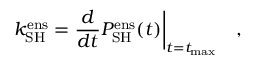
k _ { \mathrm { S H } } ^ { \mathrm { e n s } } = \frac { d } { d t } P _ { \mathrm { S H } } ^ { \mathrm { e n s } } ( t ) \bigg \vert _ { t = t _ { \mathrm { m a x } } } \quad ,